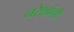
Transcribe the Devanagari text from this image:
नरेशांनी